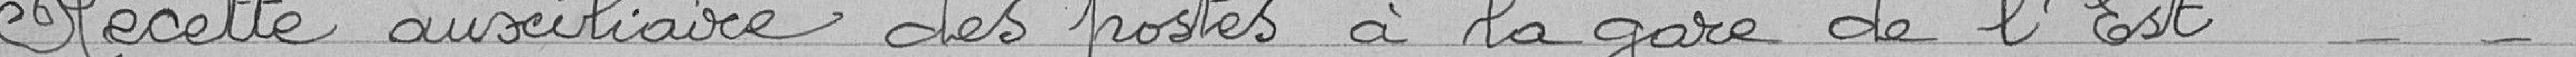
Recette auxiliaire des postes à la gare de l'Est - -